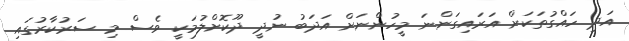
އަދި ހައްގުތަކަށް އަރައިގަންނަ މީހުންނަށް އަދަބު ނުދީ ދޫކޮށްލުމަކީ ވެސް މި ސަރުކާރުގައި